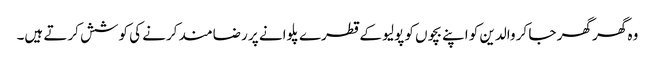
وہ گھر گھر جا کر والدین کو اپنے بچوں کو پولیو کے قطرے پلوانے پر رضامند کرنے کی کوشش کرتے ہیں۔